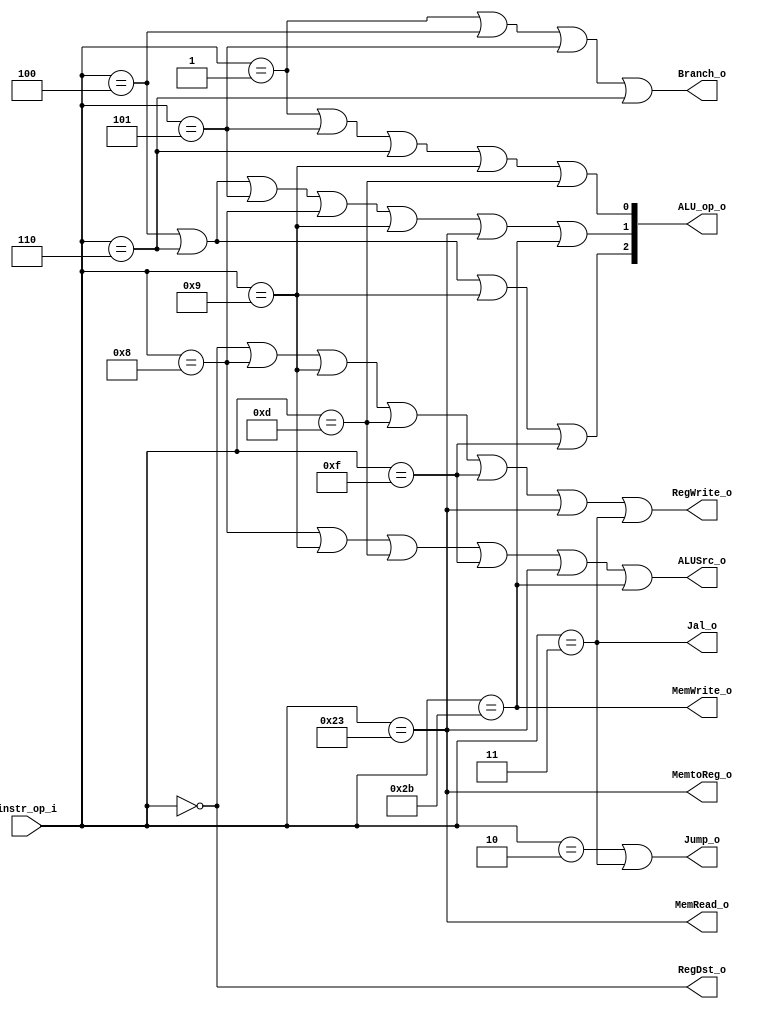
// 0317001_0310511
//Subject:     CO project 3 - Decoder
//--------------------------------------------------------------------------------
//Version:     1
//--------------------------------------------------------------------------------
//Writer:      
//----------------------------------------------
//Date:        
//----------------------------------------------
//Description: 
//--------------------------------------------------------------------------------

module Decoder(
    instr_op_i,
	RegWrite_o,
	ALU_op_o,
	ALUSrc_o,
	RegDst_o,
	Branch_o,
	Jump_o,
	MemRead_o,
	MemWrite_o,
	MemtoReg_o,
	Jal_o
);
     
//I/O ports
input  [6-1:0] instr_op_i;

output         RegWrite_o;
output [3-1:0] ALU_op_o;
output         ALUSrc_o;
output         RegDst_o;
output         Branch_o;
output         Jump_o;
output         MemRead_o;
output         MemWrite_o;
output         MemtoReg_o;
output         Jal_o;
 
//Internal Signals
wire           RegWrite_o;
wire   [3-1:0] ALU_op_o;
wire           ALUSrc_o;
wire           RegDst_o;
wire           Branch_o;
wire           Jump_o;
wire           MemRead_o;
wire           MemWrite_o;
wire           MemtoReg_o;
wire           Jal_o;

wire rtype;
wire blt;
wire beq;
wire bne;
wire ble;
wire addi;
wire sltiu;
wire ori;
wire lui;
wire jump;    // 000010
wire lw;      // 100011
wire sw;      // 101011
wire jal;     // 000011


assign rtype = (instr_op_i==0);
assign blt   = (instr_op_i==1);
assign beq   = (instr_op_i==4);
assign bne   = (instr_op_i==5);
assign ble   = (instr_op_i==6);
assign addi  = (instr_op_i==8);
assign sltiu = (instr_op_i==9);
assign ori   = (instr_op_i==13);
assign lui   = (instr_op_i==15);
assign jump  = (instr_op_i==2);
assign lw    = (instr_op_i==35);
assign sw    = (instr_op_i==43);
assign jal   = (instr_op_i==3);

assign RegWrite_o = (rtype | addi | sltiu | ori | lui | lw | jal);
assign ALUSrc_o   = (addi | sltiu | ori | lui | lw | sw);
assign RegDst_o   = rtype;
assign Branch_o   = (blt | beq | bne | ble);
assign Jump_o     = (jump | jal);
assign MemRead_o  = lw;
assign MemWrite_o = sw;
assign MemtoReg_o = lw;
assign Jal_o      = jal;

assign ALU_op_o[2] = (beq | ble | sltiu | lui);
assign ALU_op_o[1] = (beq | ble | bne | addi | sltiu | lw | sw);
assign ALU_op_o[0] = (blt | bne | ble | sltiu | ori);

endmodule